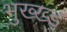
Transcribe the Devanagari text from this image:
भुख्ख्ड़